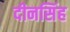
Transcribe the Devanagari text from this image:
दीनसिंह